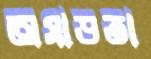
অসাড়তা